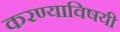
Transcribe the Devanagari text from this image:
करण्‍याविषयी